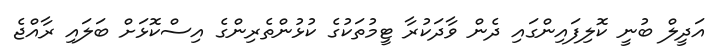
އަދީލް ބުނީ ކޮލިފައިންގައި ދެން ވާދަކުރާ ޓީމުތަކުގެ ކުޅުންތެރިންގެ އިސްކޮޅަށް ބަލައި ރާއްޖެ